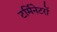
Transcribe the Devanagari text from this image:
टर्मिनेटरों